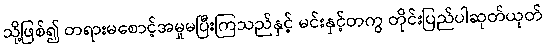
သို့ဖြစ်၍ တရားမစောင့်အမှုမပြီးကြသည်နှင့် မင်းနှင့်တကွ တိုင်းပြည်ပါဆုတ်ယုတ်